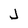
Character: j